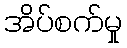
အိပ်စက်မှု